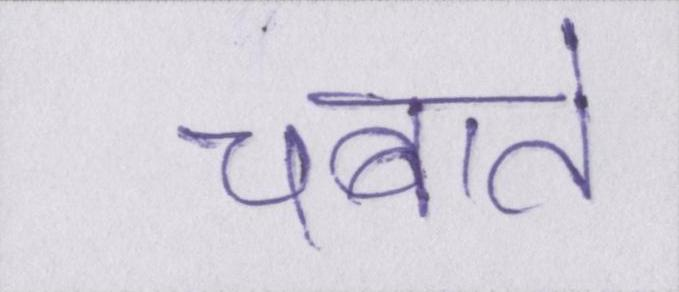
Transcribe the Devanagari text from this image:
चबाते